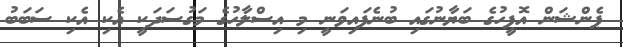
ޕެންޝަން އޮފީހުގެ ބަޔާނުގައި ބުނެފައިވަނީ މި އިސްލާހުގެ މަގުސަދަކީ އެކި އެކި ސަބަބު